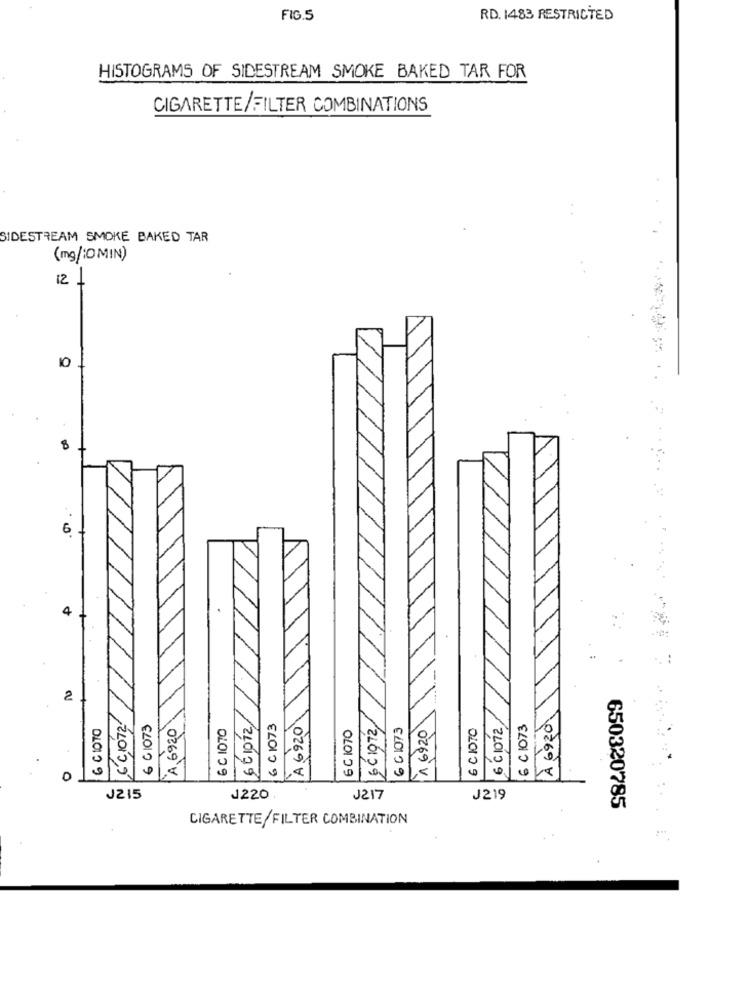
FIG.5
RD. 1483 RESTRICTED
HISTOGRAMS OF SIDESTREAM SMOKE BAKED TAR FOR
CIGARETTE/FILTER COMBINATIONS
SIDESTREAM SMOKE BAKED TAR
(mg/:0 MIN)
12 /
10
6
2
,6 C1072
LGC1072
5 6 C 1012
À 6920
6 CIOTO
6 61073
A 6920
6 C 1070
6 C 1073
A 6920
6 C 1070
6 G1073
1,6920
6 CIOTO
6 C 1073
J215
J220.
J217
J219
650320785
CIGARETTE/FILTER COMBINATION